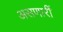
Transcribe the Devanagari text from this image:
असणारीं